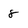
Character: 8